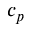
c _ { p }